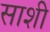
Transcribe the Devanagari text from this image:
साशी